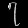
Digit: ၇